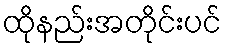
ထိုနည်းအတိုင်းပင်